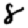
Digit: 8